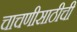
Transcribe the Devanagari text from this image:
चाचणीसाठीची